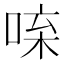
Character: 𠴬